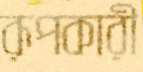
রূপকারী